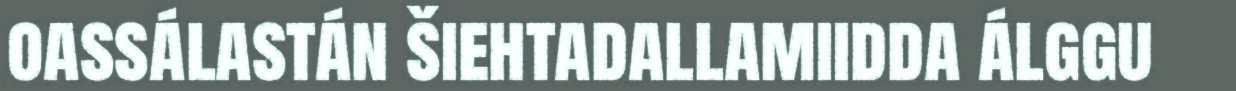
oassálastán šiehtadallamiidda álggu